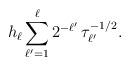
LaTeX: \begin{align*}h_\ell \sum_{\ell'=1}^\ell 2^{-\ell'} \, \tau_{\ell'}^{-1/2}.\end{align*}